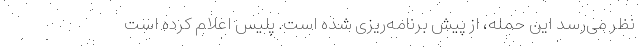
نظر می‌رسد این حمله، از پیش برنامه‌ریزی شده است. پلیس اعلام کرده است